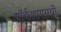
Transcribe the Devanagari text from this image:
यॉर्कशायराची